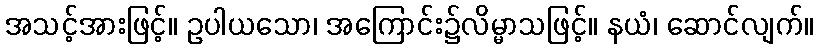
အသင့်အားဖြင့်။ ဥပါယသော၊ အကြောင်း၌လိမ္မာသဖြင့်။ နယံ၊ ဆောင်လျက်။